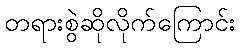
တရားစွဲဆိုလိုက်ကြောင်း